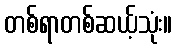
တစ်ရာတစ်ဆယ့်သုံး။